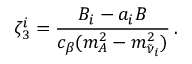
\zeta _ { 3 } ^ { i } = { \frac { B _ { i } - a _ { i } B } { c _ { \beta } ( m _ { A } ^ { 2 } - m _ { \tilde { \nu } _ { i } } ^ { 2 } ) } } \, .